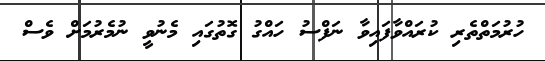
ހުރުމަތްތެރި ކުރައްވާފައިވާ ނަފްސު ހައްގު ގޮތުގައި މެނުވީ ނުމެރުމަށް ވެސް